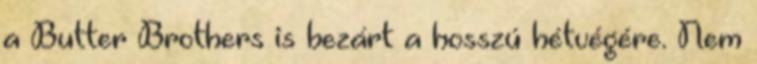
a Butter Brothers is bezárt a hosszú hétvégére. Nem